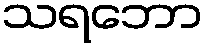
သရဘော